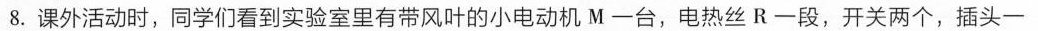
8.课外活动时，同学们看到实验室里有带风叶的小电动机M一台，电热丝R一段，开关两个，插头一